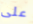
على